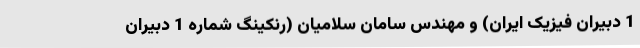
1 دبیران فیزیک ایران) و مهندس سامان سلامیان (رنکینگ شماره 1 دبیران